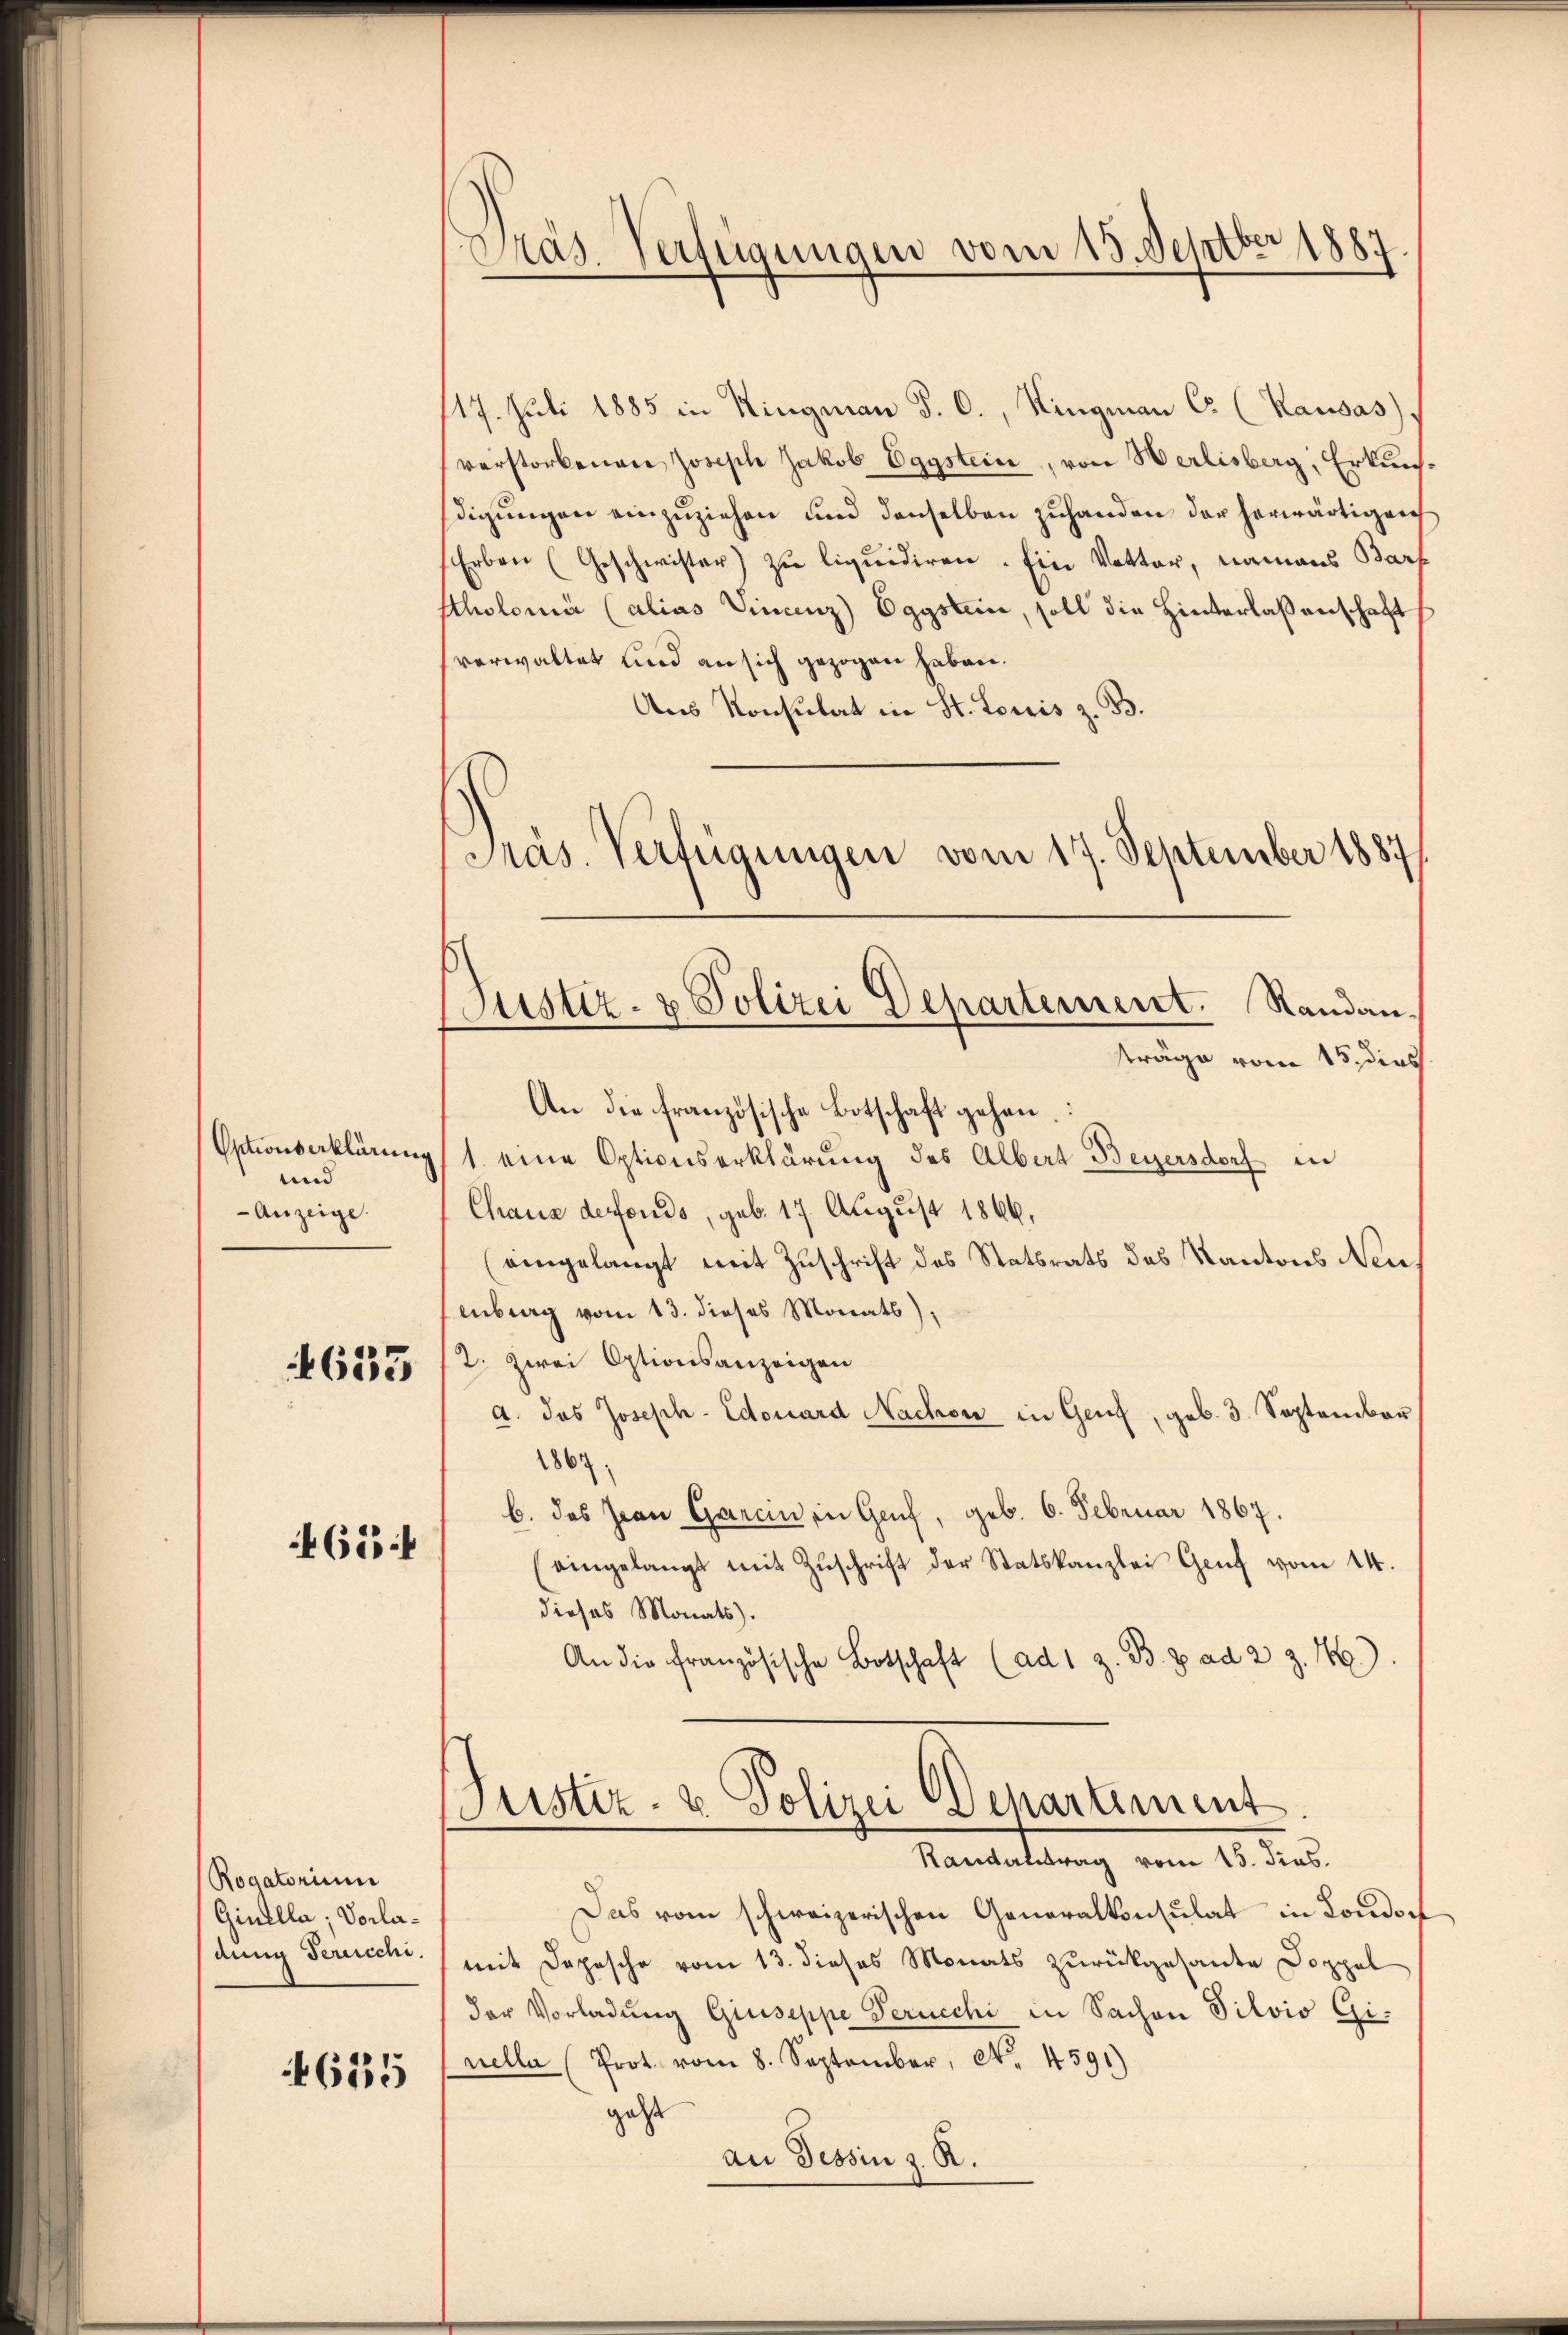
und
Anzeige.
633

65:

Rogatorium
Ginella; Vorla¬

4615

Präs. Verfügungen vom 15. Septber 1887

17. Juli 1885 in Ringmann P. C., Ringmann C. (Kausas
verstorbenen Joseph Jakob Eggstein, von Herlisberg, Erkundigŭngen einzŭziehen und denselben zuhanden der herwärtigen
Erben (Geschwister) zu liquidiren. Ein Vetter, namens Barf
tholomi (alias Finanz) Egystein, soll die Hinterlassenschaft
verwaltet und an sich gezogen haben.
Aus Konsulat in St. Louis z. B.
An die französische Botschaft gehen.
Octionserklärung 1. eine Optionserklärung des Albert Beyersdorf in
Chaus derendo, geb. 17. August 1866,
(eingelangt mit Zuschrift des Statsrats des Kantons Neuenberg vom 13. dieses Monats);
2. Zwei Optionsanzeigen
a. das Joseph-Edouard Nachen in Genf, geb. 3. September
1867;
b. das Jean Garein in Genf, geb. 6. Februar 1867.
(eingelangt mit Zŭschrift der Statskanzlei Genf vom 14.
dieses Monats.
An die französische Botschaft (ad 1 z. B. Z. ad 2 Z. 4.
Puster- u Polizei Departement.
Randantrag vom 15. Jus
Das vom schweizerischen Generalkonsulat in Londoch
dung Sereiche (mit Depesche vom 13. dieses Monats zurückgesante Doppel
der Vorladung Giuseppe Perucchi in Sachen Silvio Ginella (Prot. vom 8. September, No. 4591)
geht
au Tessin z. R.

Präs. Verfügungen vom 17. September 1887
Justiz- & Polizei Departement. Randanträge vom 15. dies